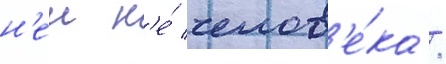
н'еи н'е́ челов'е́ка /